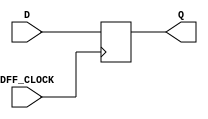
// Flip-flop Tipo D para debouncing  
module dff_debounce(
	DFF_CLOCK, 
	D, 
	Q
);

	input DFF_CLOCK, D;
	output reg Q;
	
   always @ (posedge DFF_CLOCK) begin
		Q <= D;
   end
	
endmodule